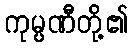
ကုမ္ပဏီတို့၏